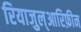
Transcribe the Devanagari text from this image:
रियाजुल्आरिफ़ीन